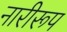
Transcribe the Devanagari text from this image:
नारीरूप